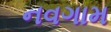
નવગામ